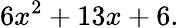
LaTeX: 6x^{2}+13x+6.